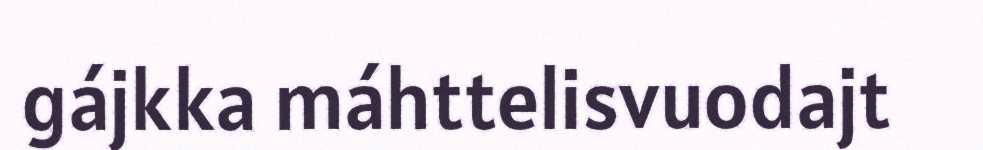
gájkka máhttelisvuodajt